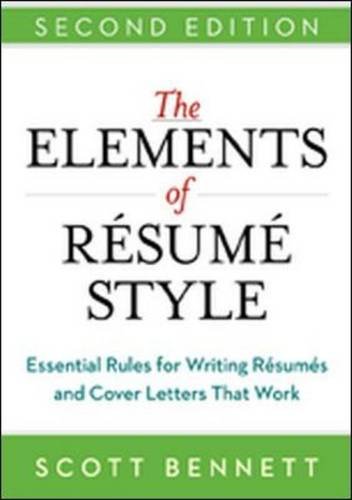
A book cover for The Elements of Resume Style: Essential Rules for Writing Resumes and Cover Letters That Work; Scott Bennett; Business & Money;